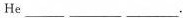
He___ ___ ___.